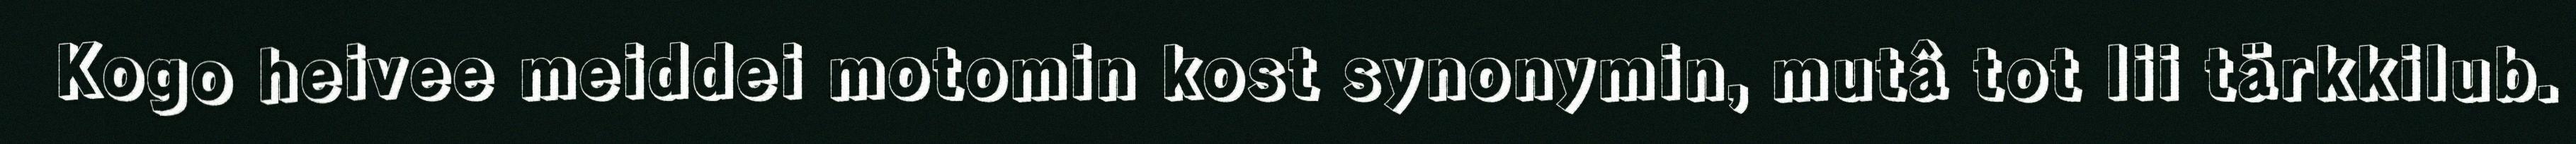
Kogo heivee meiddei motomin kost synonymin, mutâ tot lii tärkkilub.